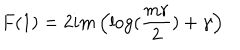
F ( 1 ) = 2 i m \left( \log ( { \frac { m r } { 2 } } ) + \gamma \right)